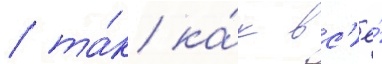
/ та́к ка́к вс'ё́